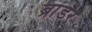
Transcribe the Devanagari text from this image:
ब्रांडर